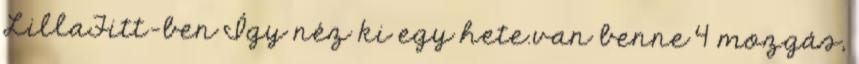
LillaFitt-ben Így néz ki egy hete.van benne 4 mozgás,